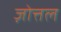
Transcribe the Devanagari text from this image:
ज़ोत्तल